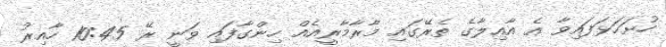
ހުށަހަޅަފައިވާ އެ އާއިލާގެ ތެރޭގައި މާރާމާރީއެއް ހިންގާފައި ވަނީ ރޭ 10:45 ހާއިރު